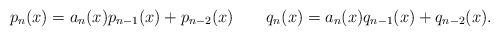
LaTeX: \begin{align*}p_n(x) = a_n(x) p_{n-1}(x) + p_{n-2}(x)\ \ \ \ \ \ q_n(x) = a_n(x) q_{n-1}(x) + q_{n-2}(x).\end{align*}